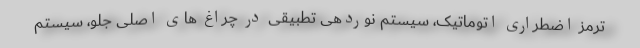
ترمز اضطراری اتوماتیک، سیستم نوردهی تطبیقی در چراغ های اصلی جلو، سیستم